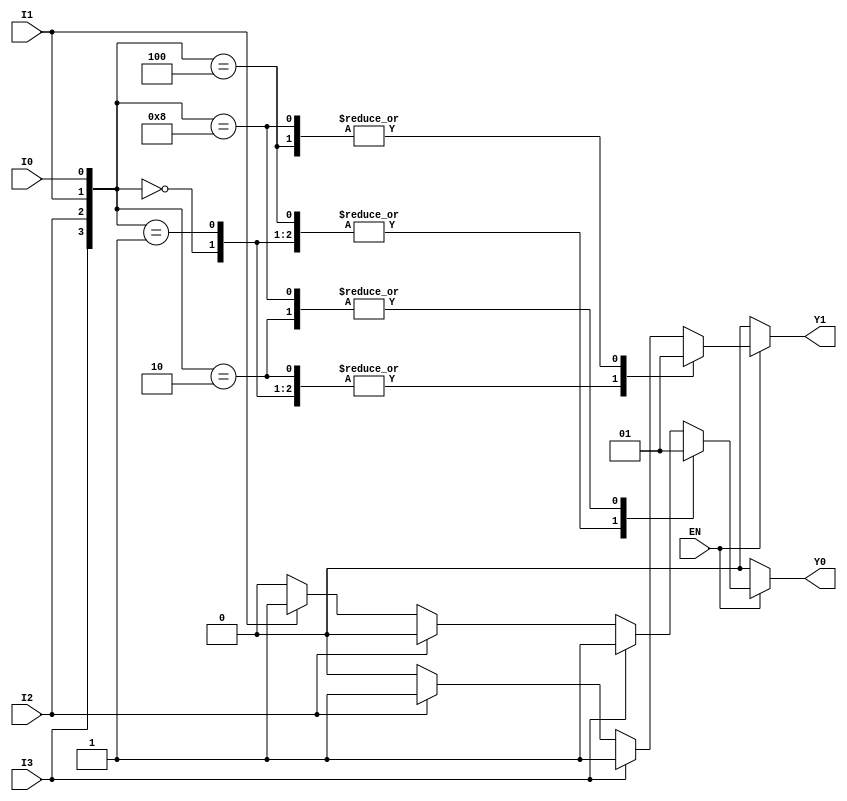
module encoder_4to2 (
    input wire I0,    // Input 0
    input wire I1,    // Input 1
    input wire I2,    // Input 2
    input wire I3,    // Input 3
    input wire EN,    // Enable signal
    output reg Y0,    // Output 0
    output reg Y1     // Output 1
);

always @(*) begin
    if (!EN) begin
        // If EN is low, set outputs to defined state (00)
        Y0 = 0;
        Y1 = 0;
    end else begin
        // If EN is high, evaluate inputs
        case ({I3, I2, I1, I0})
            4'b0000: begin
                Y0 = 0; 
                Y1 = 0; // No active input
            end
            4'b0001: begin
                Y0 = 0; 
                Y1 = 0; // I0 active
            end
            4'b0010: begin
                Y0 = 1; 
                Y1 = 0; // I1 active
            end
            4'b0100: begin
                Y0 = 0; 
                Y1 = 1; // I2 active
            end
            4'b1000: begin
                Y0 = 1; 
                Y1 = 1; // I3 active
            end
            default: begin
                // Handle cases where multiple inputs are active
                // Prioritize higher inputs
                if (I3) begin
                    Y0 = 1; 
                    Y1 = 1; // I3 active
                end else if (I2) begin
                    Y0 = 0; 
                    Y1 = 1; // I2 active
                end else if (I1) begin
                    Y0 = 1; 
                    Y1 = 0; // I1 active
                end else begin
                    Y0 = 0; 
                    Y1 = 0; // I0 active or no active input
                end
            end
        endcase
    end
end

endmodule